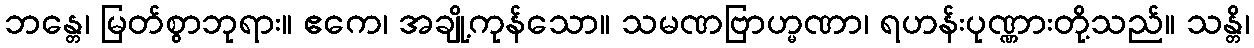
ဘန္တေ၊ မြတ်စွာဘုရား။ ဧကေ၊ အချို့ကုန်သော။ သမဏဗြာဟ္မဏာ၊ ရဟန်းပုဏ္ဏားတို့သည်။ သန္တိ၊